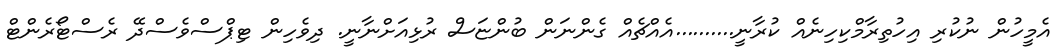
އެމީހުން ނުކުރި އިހުތިރާމްކިހިނެއް ކުރާނީ..........އެއްޗެއް ގެންނަން ބުންޏަސް ރުޅިއަށްނާނީ. ދިވެހިން ޓިޕްސްވެސްދޭ ރެސްޓޯރެންޓް